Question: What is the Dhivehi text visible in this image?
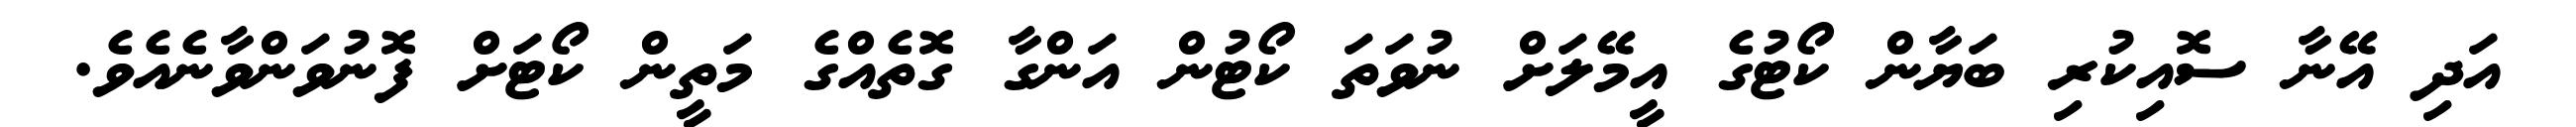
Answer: އަދި އޭނާ ސޮއިކުރި ބަޔާން ކޯޓުގެ އީމޭލަށް ނުވަތަ ކޯޓުން އަންގާ ގޮތެއްގެ މަތީން ކޯޓަށް ފޮނުވަންވާނެއެވެ.